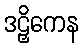
ဒဠှိကေန